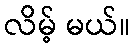
လိမ့် မယ်။